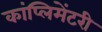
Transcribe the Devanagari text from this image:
कांप्लिमेंटरी